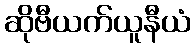
ဆိုဗီယက်ယူနီယံ